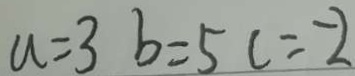
a = 3 b = 5 c = - 2